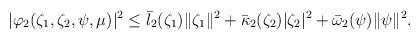
LaTeX: \begin{align*}&|\varphi_{2}(\zeta_{1},\zeta_{2},\psi,\mu)|^{2}\leq \bar{l}_{2}(\zeta_{1})\|\zeta_{1}\|^{2}+\bar{\kappa}_{2}(\zeta_{2})|\zeta_{2}|^{2}+\bar{\omega}_{2}(\psi)\|\psi\|^{2}.\end{align*}